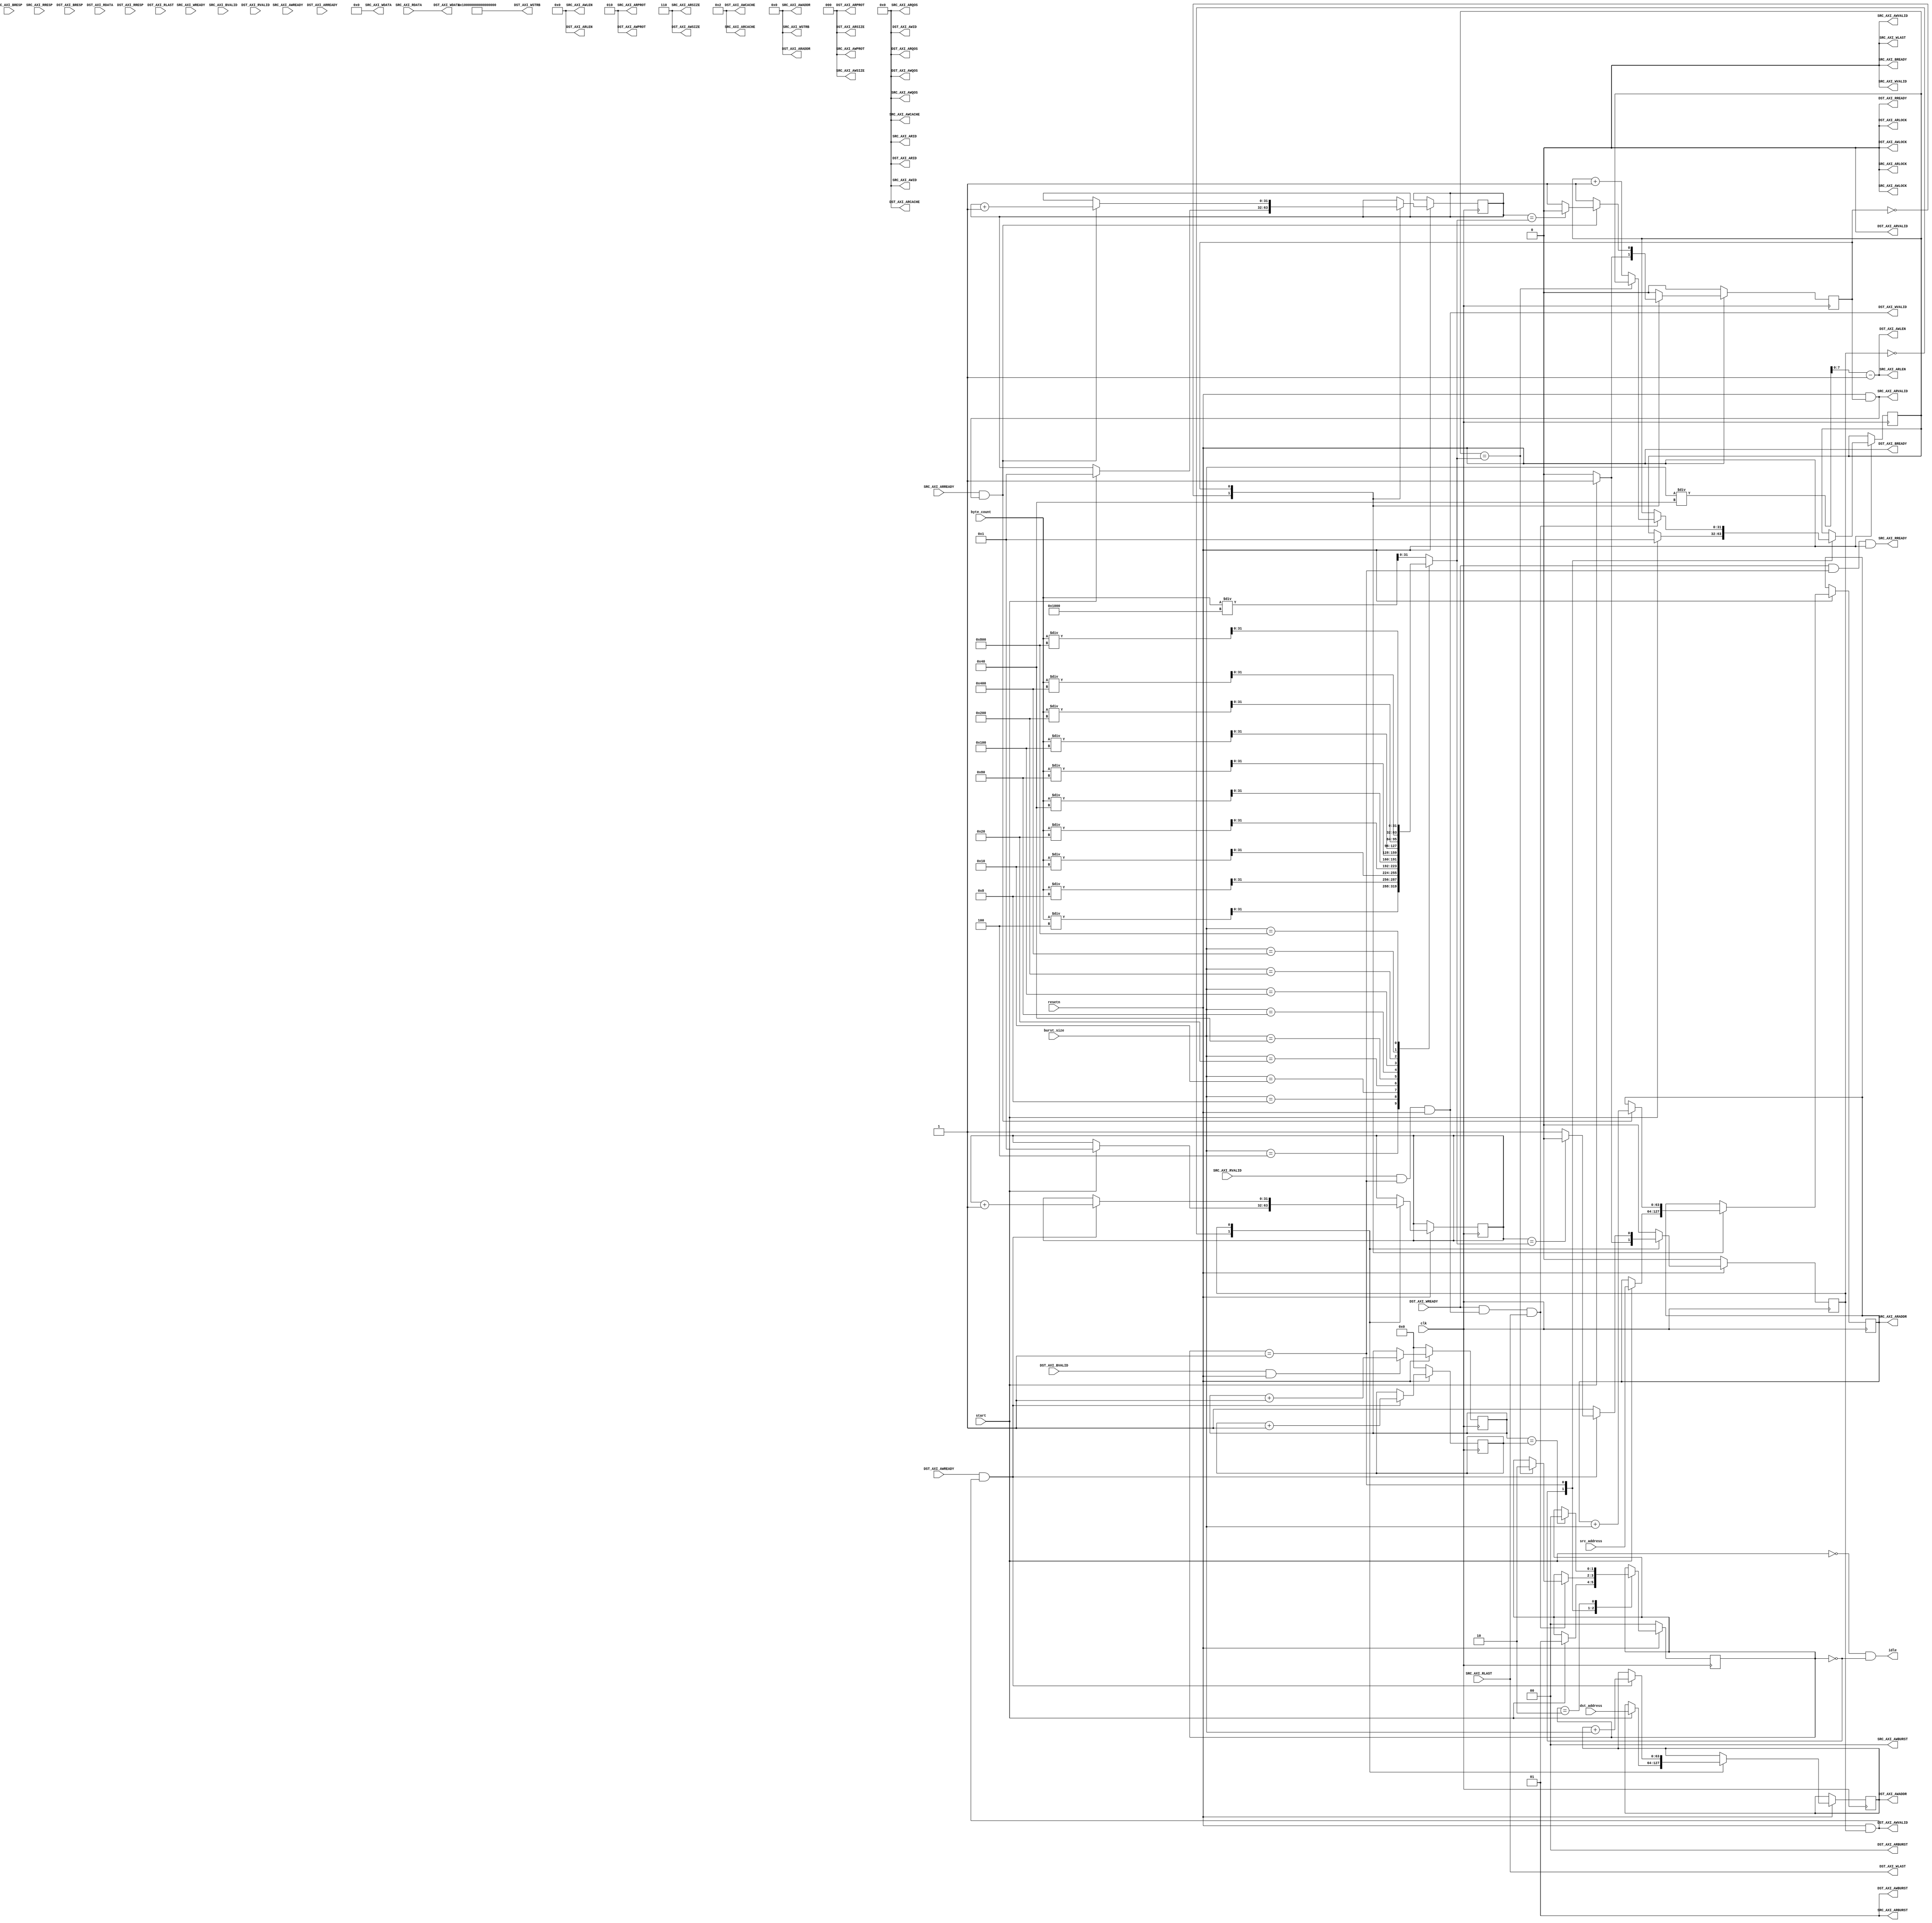
//====================================================================================
//                        ------->  Revision History  <------
//====================================================================================
//
//   Date     Who   Ver  Changes
//====================================================================================
// 22-Mar-24  DWW     1  Initial creation
// 18-Jun-24  DWW     2  Made much more generic
// 12-Jul-24  DWW     3  Now assigning unused signals to 0
// 15-Jul-24  DWW     4  Added ARSIZE to the AXI interface definitions
//                       Now assigning values to AxID, AxCACHE, AxPROT, and AxQOS
// 17-Jul-24  DWW     5  Now de-asserting DST_AXI_WVALID & SRC_AXI_WREADY in reset
//====================================================================================

/*
    This moves a block of data from a source AXI-MM interface to a destination
    AXI-MM interface.

    Data widths of the two interfaces must match.
*/


module data_mover # (parameter DW = 512, parameter AW = 64)
(
    input       clk, resetn,
    input[63:0] src_address, dst_address, byte_count,
    input[12:0] burst_size,
    input       start,
    output      idle,

    //=================  This is the source AXI4-master interface  ================

    // "Specify write address"              -- Master --    -- Slave --
    output     [AW-1:0]                     SRC_AXI_AWADDR,
    output                                  SRC_AXI_AWVALID,
    output     [7:0]                        SRC_AXI_AWLEN,
    output     [2:0]                        SRC_AXI_AWSIZE,
    output     [3:0]                        SRC_AXI_AWID,
    output     [1:0]                        SRC_AXI_AWBURST,
    output                                  SRC_AXI_AWLOCK,
    output     [3:0]                        SRC_AXI_AWCACHE,
    output     [3:0]                        SRC_AXI_AWQOS,
    output     [2:0]                        SRC_AXI_AWPROT,
    input                                                   SRC_AXI_AWREADY,

    // "Write Data"                         -- Master --    -- Slave --
    output     [DW-1:0]                     SRC_AXI_WDATA,
    output     [(DW/8)-1:0]                 SRC_AXI_WSTRB,
    output                                  SRC_AXI_WVALID,
    output                                  SRC_AXI_WLAST,
    input                                                   SRC_AXI_WREADY,

    // "Send Write Response"                -- Master --    -- Slave --
    input[1:0]                                              SRC_AXI_BRESP,
    input                                                   SRC_AXI_BVALID,
    output                                  SRC_AXI_BREADY,

    // "Specify read address"               -- Master --    -- Slave --
    output reg [AW-1:0]                     SRC_AXI_ARADDR,
    output                                  SRC_AXI_ARVALID,
    output     [2:0]                        SRC_AXI_ARPROT,
    output                                  SRC_AXI_ARLOCK,
    output     [3:0]                        SRC_AXI_ARID,
    output     [2:0]                        SRC_AXI_ARSIZE,
    output     [7:0]                        SRC_AXI_ARLEN,
    output     [1:0]                        SRC_AXI_ARBURST,
    output     [3:0]                        SRC_AXI_ARCACHE,
    output     [3:0]                        SRC_AXI_ARQOS,
    input                                                   SRC_AXI_ARREADY,

    // "Read data back to master"           -- Master --    -- Slave --
    input[DW-1:0]                                           SRC_AXI_RDATA,
    input                                                   SRC_AXI_RVALID,
    input[1:0]                                              SRC_AXI_RRESP,
    input                                                   SRC_AXI_RLAST,
    output                                  SRC_AXI_RREADY,
    //==========================================================================


    //============= This is the destination AXI4-master interface  =============

    // "Specify write address"              -- Master --    -- Slave --
    output reg [AW-1:0]                     DST_AXI_AWADDR,
    output                                  DST_AXI_AWVALID,
    output     [7:0]                        DST_AXI_AWLEN,
    output     [2:0]                        DST_AXI_AWSIZE,
    output     [3:0]                        DST_AXI_AWID,
    output     [1:0]                        DST_AXI_AWBURST,
    output                                  DST_AXI_AWLOCK,
    output     [3:0]                        DST_AXI_AWCACHE,
    output     [3:0]                        DST_AXI_AWQOS,
    output     [2:0]                        DST_AXI_AWPROT,
    input                                                   DST_AXI_AWREADY,

    // "Write Data"                         -- Master --    -- Slave --
    output     [DW-1:0]                     DST_AXI_WDATA,
    output     [(DW/8)-1:0]                 DST_AXI_WSTRB,
    output                                  DST_AXI_WVALID,
    output                                  DST_AXI_WLAST,
    input                                                   DST_AXI_WREADY,

    // "Send Write Response"                -- Master --    -- Slave --
    input[1:0]                                              DST_AXI_BRESP,
    input                                                   DST_AXI_BVALID,
    output                                  DST_AXI_BREADY,

    // "Specify read address"               -- Master --    -- Slave --
    output[AW-1:0]                          DST_AXI_ARADDR,
    output                                  DST_AXI_ARVALID,
    output[2:0]                             DST_AXI_ARPROT,
    output                                  DST_AXI_ARLOCK,
    output[3:0]                             DST_AXI_ARID,
    output[2:0]                             DST_AXI_ARSIZE,
    output[7:0]                             DST_AXI_ARLEN,
    output[1:0]                             DST_AXI_ARBURST,
    output[3:0]                             DST_AXI_ARCACHE,
    output[3:0]                             DST_AXI_ARQOS,
    input                                                   DST_AXI_ARREADY,

    // "Read data back to master"           -- Master --    -- Slave --
    input[DW-1:0]                                           DST_AXI_RDATA,
    input                                                   DST_AXI_RVALID,
    input[1:0]                                              DST_AXI_RRESP,
    input                                                   DST_AXI_RLAST,
    output                                  DST_AXI_RREADY
    //==========================================================================
);

// Compute the geometry of our data movement
wire[8:0] CYCLES_PER_BURST = burst_size / (DW/8);

//==========================================================================
// Compute BURSTS_PER_MOVE 
//==========================================================================
reg[31:0] BURSTS_PER_MOVE;
always @* case(burst_size)
          4: BURSTS_PER_MOVE = byte_count / 4;
          8: BURSTS_PER_MOVE = byte_count / 8;
         16: BURSTS_PER_MOVE = byte_count / 16; 
         32: BURSTS_PER_MOVE = byte_count / 32; 
         64: BURSTS_PER_MOVE = byte_count / 64; 
        128: BURSTS_PER_MOVE = byte_count / 128; 
        256: BURSTS_PER_MOVE = byte_count / 256; 
        512: BURSTS_PER_MOVE = byte_count / 512; 
       1024: BURSTS_PER_MOVE = byte_count / 1024; 
       2048: BURSTS_PER_MOVE = byte_count / 2048; 
    default: BURSTS_PER_MOVE = byte_count / 4096; 
endcase
//==========================================================================

// State machine states
reg      arsm_state;  // AR-channel of SRC_AXI
reg      awsm_state;  // AW-channel of DST_AXI
reg[1:0] wsm_state;   // W_channel  of DST_AXI

// These count bursts for each of the state machines
reg[31:0] ar_count, aw_count, w_count;

// We're always ready to receive write-acknowledgements
assign DST_AXI_BREADY = (resetn == 1);

// The number of writes requested, and the number of writes acknowledged
reg[31:0] writes_reqd, writes_ackd;

//=============================================================================
// This block sends read-requests to the SRC_AXI interace
//=============================================================================
assign SRC_AXI_ARID    = 0;
assign SRC_AXI_ARLOCK  = 0;
assign SRC_AXI_ARQOS   = 0;
assign SRC_AXI_ARSIZE  = $clog2(DW/8);
assign SRC_AXI_ARCACHE = 2; /* Modifiable */
assign SRC_AXI_ARPROT  = 2; /* Privileged */
assign SRC_AXI_ARBURST = 1; /* Incr Burst */
assign SRC_AXI_ARLEN   = CYCLES_PER_BURST - 1 ;
assign SRC_AXI_ARVALID = (resetn == 1 && arsm_state == 1);
//-----------------------------------------------------------------------------
always @(posedge clk) begin
    if (resetn == 0) begin
        arsm_state      <= 0;
    end else case (arsm_state)

        0:  if (start) begin
                ar_count        <= 1;
                SRC_AXI_ARADDR  <= src_address;
                arsm_state      <= 1;
            end

        1:  if (SRC_AXI_ARREADY & SRC_AXI_ARVALID) begin
                if (ar_count == BURSTS_PER_MOVE) begin
                    arsm_state      <= 0;
                end begin
                    SRC_AXI_ARADDR  <= SRC_AXI_ARADDR + burst_size;
                    ar_count        <= ar_count + 1; 
                end
            end

    endcase
end
//============================================================================



//=============================================================================
// This block sends write-requests to the DST_AXI interace
//=============================================================================
assign DST_AXI_AWID    = 0;
assign DST_AXI_AWLOCK  = 0;
assign DST_AXI_AWQOS   = 0;
assign DST_AXI_AWSIZE  = $clog2(DW/8);
assign DST_AXI_AWCACHE = 2; /* Modifiable */
assign DST_AXI_AWPROT  = 2; /* Privileged */
assign DST_AXI_AWBURST = 1; /* Incr Burst */
assign DST_AXI_AWLEN   = CYCLES_PER_BURST - 1 ;
assign DST_AXI_AWSIZE  = $clog2(DW/8);
assign DST_AXI_AWVALID = (resetn == 1 && awsm_state == 1);
//-----------------------------------------------------------------------------
always @(posedge clk) begin
    
    if (resetn == 0) begin
        awsm_state <= 0;
    end
    
    else case (awsm_state)

        0:  if (start) begin
                aw_count        <= 1;
                DST_AXI_AWADDR  <= dst_address;
                awsm_state      <= 1;
            end

        1:  if (DST_AXI_AWREADY & DST_AXI_AWVALID) begin
                if (aw_count == BURSTS_PER_MOVE) begin
                    awsm_state      <= 0;
                end begin
                    DST_AXI_AWADDR  <= DST_AXI_AWADDR + burst_size;
                    aw_count        <= aw_count + 1; 
                end
            end

    endcase
end
//============================================================================


//============================================================================
// The W-channel of DST_AXI is fed directly from the R-channel of SRC_AXI
//============================================================================
assign DST_AXI_WDATA  = SRC_AXI_RDATA;
assign DST_AXI_WSTRB  = -1;
assign DST_AXI_WLAST  = SRC_AXI_RLAST;
assign DST_AXI_WVALID = SRC_AXI_RVALID & (wsm_state == 1) & (resetn == 1);
assign SRC_AXI_RREADY = DST_AXI_WREADY & (wsm_state == 1) & (resetn == 1);
//============================================================================


//============================================================================
// This keeps track of the data-bursts as they are emitted on the W-channel
// of interface DST_AXI
//============================================================================
always @(posedge clk) begin

    if (resetn == 0) begin
        wsm_state <= 0;
    end else case(wsm_state)

        // Wait for someone to tell us to start
        0:  if (start) begin
                w_count   <= 1;
                wsm_state <= 1;
            end

        // Every time a burst completes, count it44A0
        1:  if (DST_AXI_WREADY & DST_AXI_WVALID & DST_AXI_WLAST) begin
                if (w_count == BURSTS_PER_MOVE)
                    wsm_state <= 2;
                else
                    w_count   <= w_count + 1;
            end

        // Wait for all write-bursts to be acknowledged
        2:  if (writes_ackd == writes_reqd)
                wsm_state <= 0;
    endcase

end

// We're idle whenever we're not busy writing data
assign idle = (start == 0) & (wsm_state == 0);
//============================================================================


//============================================================================
// This block counts the number of write transactions requested
//============================================================================
always @(posedge clk) begin
    if (resetn == 0)
        writes_reqd <= 0;
    else if (DST_AXI_AWVALID & DST_AXI_AWREADY)
        writes_reqd <= writes_reqd + 1;
end
//============================================================================


//============================================================================
// This block counts the number of write transactions acknowledged
//============================================================================
always @(posedge clk) begin
    if (resetn == 0)
        writes_ackd <= 0;
    else if (DST_AXI_BVALID & DST_AXI_BREADY)
        writes_ackd <= writes_ackd + 1;
end
//============================================================================


//============================================================================
// unused signals
//============================================================================

// AW-chanel of SRC_AXI
assign SRC_AXI_AWADDR  = 0;
assign SRC_AXI_AWVALID = 0;
assign SRC_AXI_AWLEN   = 0;
assign SRC_AXI_AWSIZE  = 0;
assign SRC_AXI_AWID    = 0;
assign SRC_AXI_AWBURST = 0;
assign SRC_AXI_AWLOCK  = 0;
assign SRC_AXI_AWCACHE = 0;
assign SRC_AXI_AWQOS   = 0;
assign SRC_AXI_AWPROT  = 0;

// W-channel of SRC_AXI
assign SRC_AXI_WDATA   = 0; 
assign SRC_AXI_WSTRB   = 0;
assign SRC_AXI_WVALID  = 0;
assign SRC_AXI_WLAST   = 0;

// B-channel of SRC_AXI
assign SRC_AXI_BREADY  = 0;

// AR-channel of DST_AXI
assign DST_AXI_ARADDR  = 0;
assign DST_AXI_ARVALID = 0;
assign DST_AXI_ARPROT  = 0;
assign DST_AXI_ARLOCK  = 0;
assign DST_AXI_ARID    = 0;
assign DST_AXI_ARSIZE  = 0;
assign DST_AXI_ARLEN   = 0;
assign DST_AXI_ARBURST = 0;
assign DST_AXI_ARCACHE = 0;
assign DST_AXI_ARQOS   = 0;

// R-channel of DST_AXI
assign DST_AXI_RREADY  = 0;
//============================================================================

endmodule